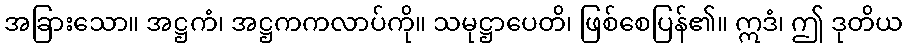
အခြားသော။ အဋ္ဌကံ၊ အဋ္ဌကကလာပ်ကို။ သမုဋ္ဌာပေတိ၊ ဖြစ်စေပြန်၏။ ဣဒံ၊ ဤ ဒုတိယ